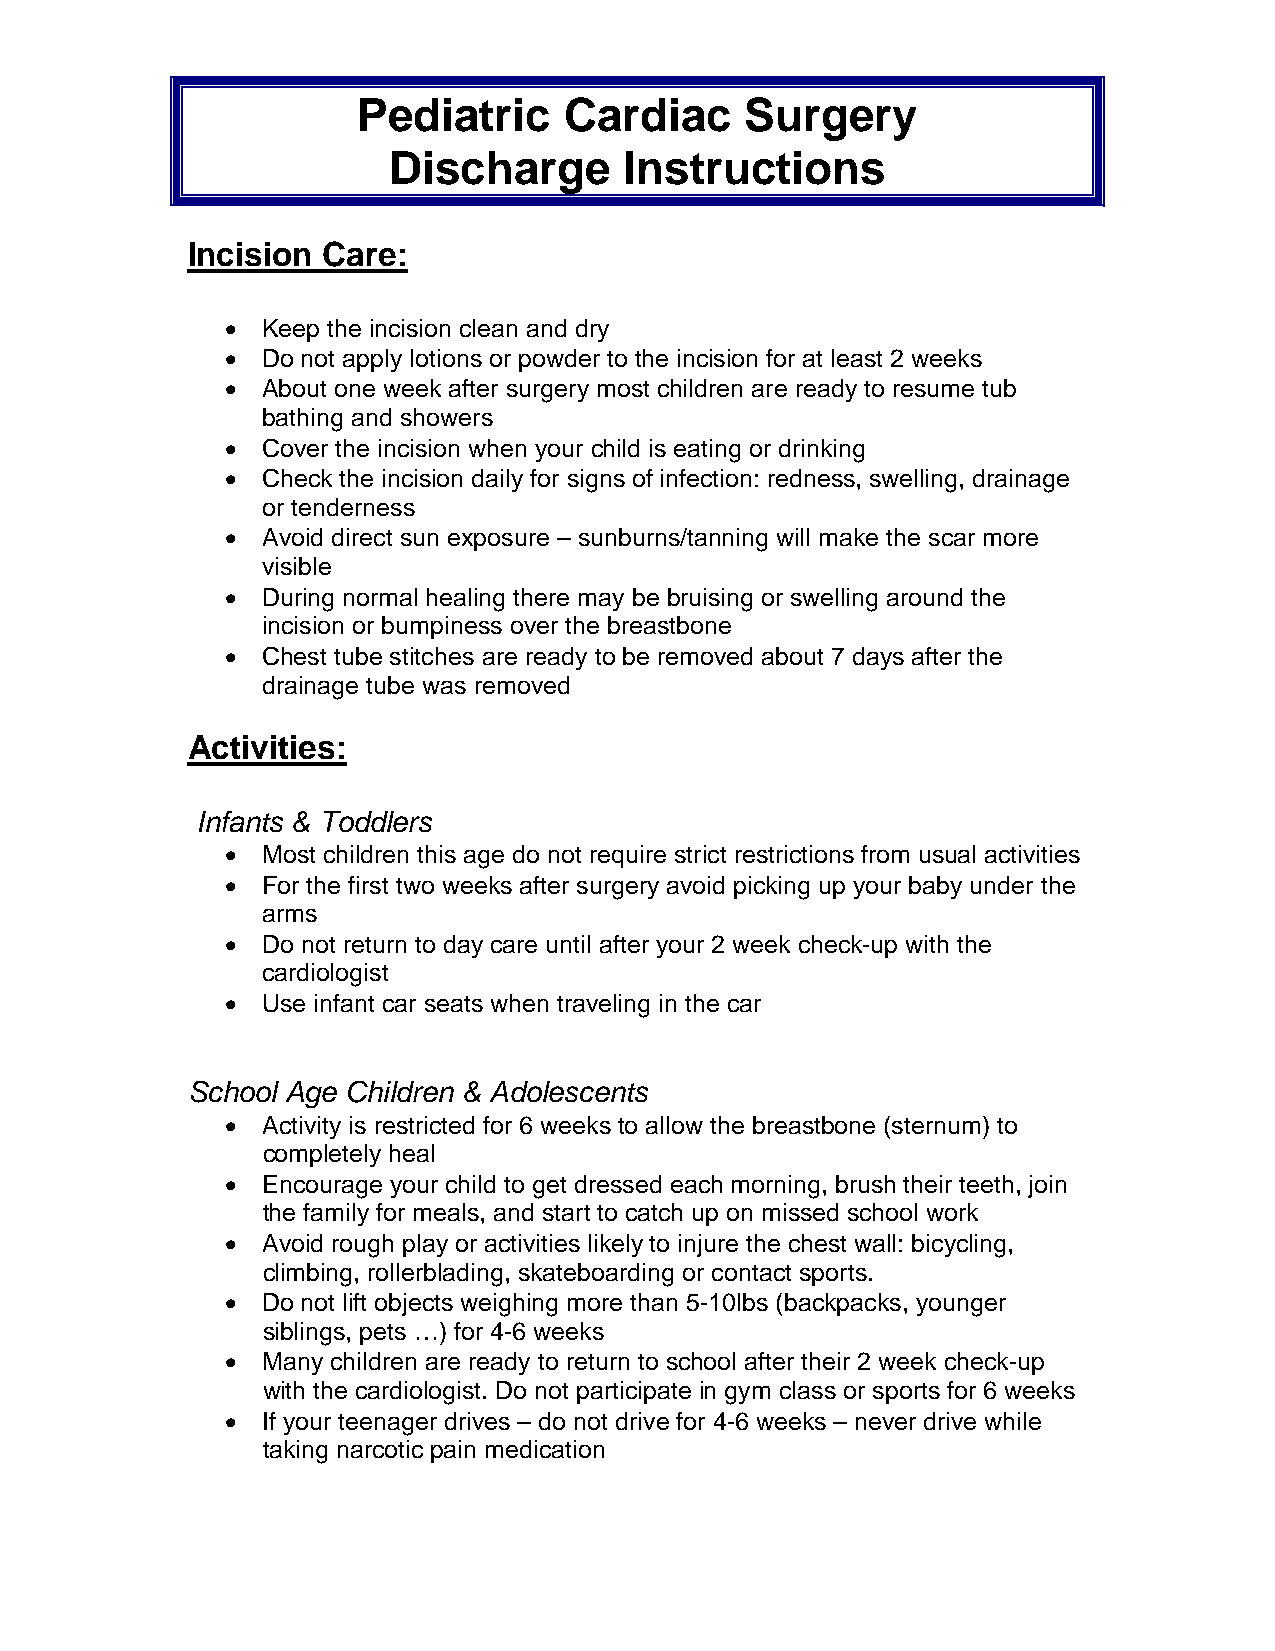
Pediatric    Cardiac     Surgery
 Discharge      Instructions
 Incision Care:
  Keep the incision clean and dry
  Do not apply lotions or powder to the incision for at least 2 weeks
  About one week after surgery most children are ready to resume tub
 bathing and showers
  Cover the incision when your child is eating or drinking
  Check the incision daily for signs of infection: redness, swelling, drainage
 or tenderness
  Avoid direct sun exposure – sunburns/tanning will make the scar more
 visible
  During normal healing there may be bruising or swelling around the
 incision or bumpiness over the breastbone
  Chest tube stitches are ready to be removed about 7 days after the
 drainage tube was removed
 Activities:
 Infants & Toddlers
  Most children this age do not require strict restrictions from usual activities
  For the first two weeks after surgery avoid picking up your baby under the
 arms
  Do not return to day care until after your 2 week check-up with the
 cardiologist
  Use infant car seats when traveling in the car
 School Age Children & Adolescents
  Activity is restricted for 6 weeks to allow the breastbone (sternum) to
 completely heal
  Encourage your child to get dressed each morning, brush their teeth, join
 the family for meals, and start to catch up on missed school work
  Avoid rough play or activities likely to injure the chest wall: bicycling,
 climbing, rollerblading, skateboarding or contact sports.
  Do not lift objects weighing more than 5-10lbs (backpacks, younger
 siblings, pets …) for 4-6 weeks
  Many children are ready to return to school after their 2 week check-up
 with the cardiologist. Do not participate in gym class or sports for 6 weeks
  If your teenager drives – do not drive for 4-6 weeks – never drive while
 taking narcotic pain medication